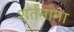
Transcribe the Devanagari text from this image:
शर्तनामा